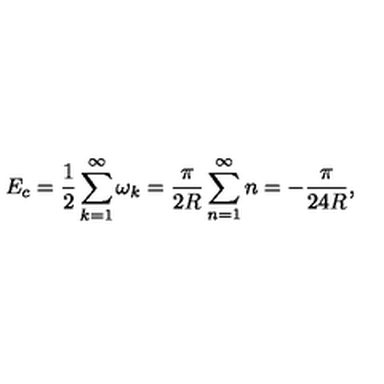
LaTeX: E _ { c } = \frac { 1 } { 2 } \sum _ { k = 1 } ^ { \infty } \omega _ { k } = \frac { \pi } { 2 R } \sum _ { n = 1 } ^ { \infty } n = - \frac { \pi } { 2 4 R } ,